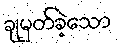
ချမှတ်ခဲ့သော